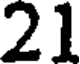
21